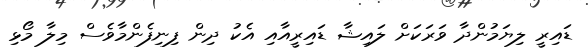
ޑައިރީ ލިޔަމުންދާ ވަރަކަށް ލައިޝާ ޑައިރީއާއި އެކު ދިން ފިނިފެންމާވެސް މިލާ މޯޅި